Indian journal of veterinary science and animal husbandry - Volume 5,
Year: 1935
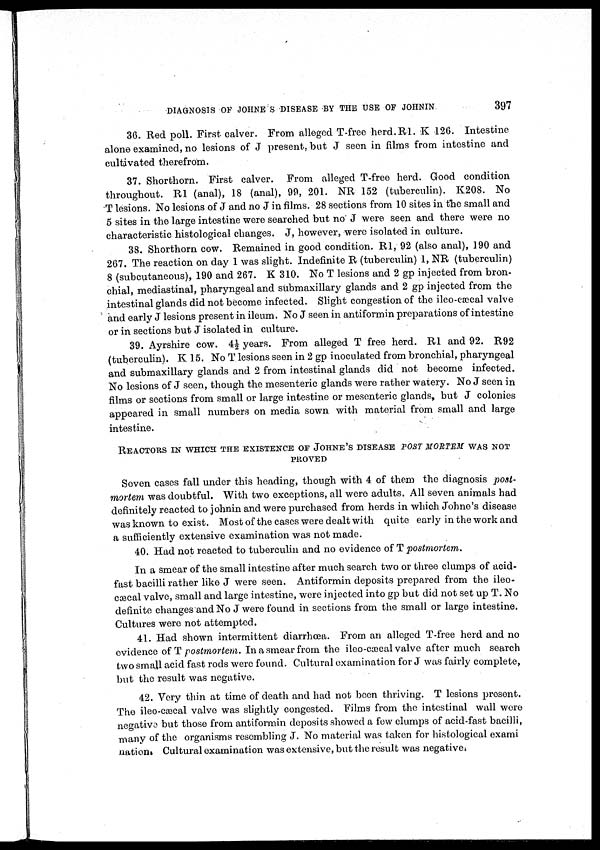
DIAGNOSIS OF JOHNE S DISEASE BY THE USE OF JOHNIN
397
36. Red poll. First calver. From alleged T-free herd.R1. K 126. Intestine
alone examined, no lesions of J present, but J seen in films from intestine and
cultivated therefrom.
37. Shorthorn. First calver. From alleged T-free herd. Good condition
throughout. R1 (anal), 18 (anal), 99, 201. NR 152 (tuberculin). K208. No
T lesions. No lesions of J and no J in films. 28 sections from 10 sites in the small and
5 sites in the large intestine were searched but no J were seen and there were no
characteristic histological changes. J, however, were isolated in culture.
38. Shorthorn cow. Remained in good condition. R1, 92 (also anal), 190 and
267. The reaction on day 1 was slight. Indefinite R (tuberculin) 1, NR (tuberculin)
8 (subcutaneous), 190 and 267. K 310. No T lesions and 2 gp injected from bron-
chial, mediastinal, pharyngeal and submaxillary glands and 2 gp injected from the
intestinal glands did not become infected. Slight congestion of the ileo-cæcal valve
and early J lesions present in ileum. No J seen in antiformin preparations of intestine
or in sections but J isolated in culture.
39. Ayrshire cow. 4½ years. From alleged T free herd. R1 and 92. R92
(tuberculin). K 15. No T lesions seen in 2 gp inoculated from bronchial, pharyngeal
and submaxillary glands and 2 from intestinal glands did not become infected.
No lesions of J seen, though the mesenteric glands were rather watery. No J seen in
films or sections from small or large intestine or mesenteric glands, but J colonies
appeared in small numbers on media sown with material from small and large
intestine.
REACTORS IN WHICH THE EXISTENCE OF JOHNE'S DISEASE POST MORTEM WAS NOT
PROVED
Seven cases fall under this heading, though with 4 of them the diagnosis post-
mortem was doubtful. With two exceptions, all were adults. All seven animals had
definitely reacted to johnin and were purchased from herds in which Johne's disease
was known to exist. Most of the cases were dealt with quite early in the work and
a sufficiently extensive examination was not made.
40. Had not reacted to tuberculin and no evidence of T postmortem.
In a smear of the small intestine after much search two or three clumps of acid-
fast bacilli rather like J were seen. Antiformin deposits prepared from the ileo¬
cæcal valve, small and large intestine, were injected into gp but did not set up T. No
definite changes and No J were found in sections from the small or large intestine.
Cultures were not attempted.
41. Had shown intermittent diarrhœa. From an alleged T-free herd and no
evidence of T postmortem. In a smear from the ileo-cæcal valve after much search
two small acid fast rods were found. Cultural examination for J was fairly complete,
but the result was negative.
42. Very thin at time of death and had not been thriving. T lesions present.
The ileo-cæcal valve was slightly congested. Films from the intestinal wall were
negative but those from antiformin deposits showed a few clumps of acid-fast bacilli,
many of the organisms resembling J. No material was taken for histological exami
nation. Cultural examination was extensive, but the result was negative.